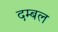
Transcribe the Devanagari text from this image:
दम्बल